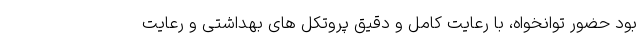
بود حضور توانخواه، با رعایت کامل و دقیق پروتکل های بهداشتی و رعایت